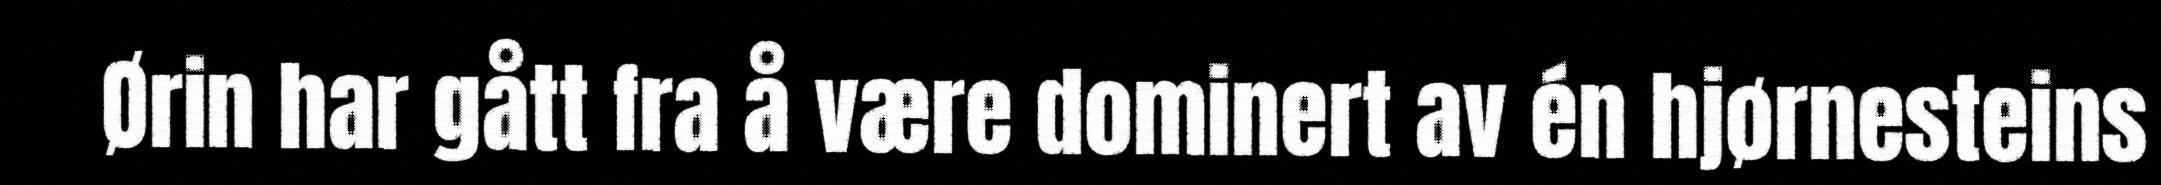
Ørin har gått fra å være dominert av én hjørnesteins